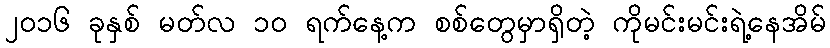
၂ဝ၁၆ ခုနှစ် မတ်လ ၁ဝ ရက်နေ့က စစ်တွေမှာရှိတဲ့ ကိုမင်းမင်းရဲ့နေအိမ်